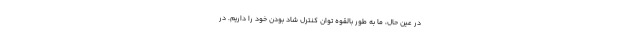
در عین حال، ما به طور بالقوه توان کنترل شاد بودن خود را داریم. در